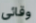
وقائي